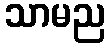
သာမည